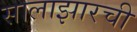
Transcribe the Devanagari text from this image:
सालाझारची